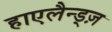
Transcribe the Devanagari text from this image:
हाएलैन्ड्ज़